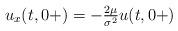
LaTeX: \begin{align*}u_{x}(t,0+)=-\tfrac{2\mu}{\sigma^2} u(t,0+) \end{align*}